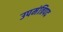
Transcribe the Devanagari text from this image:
उपमंत्रिपद